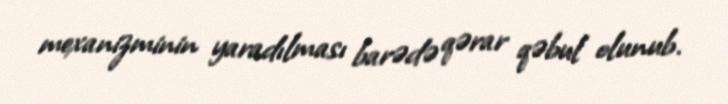
mexanizminin yaradılması barədə qərar qəbul olunub.